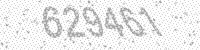
Solution: 629461